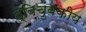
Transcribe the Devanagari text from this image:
द्विचुंबकीय